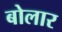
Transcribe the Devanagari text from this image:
बोलार